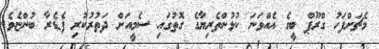
މެޗަށްފަހު ގްރޫޕް ބީގެ އެއްވަނަ ކުޅުންތެރިޔާގެ ގޮތުގައި ސެމީއަށް ދަތުރުކުރި ފެޑެރާ ބުންޏެވެ.